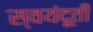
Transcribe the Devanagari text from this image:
स्वयंदूती